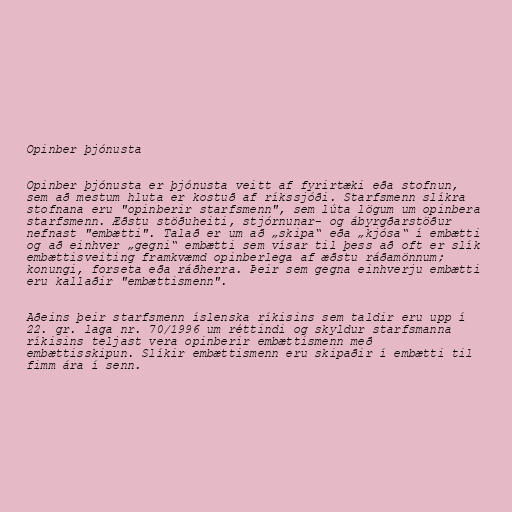
Opinber þjónusta

Opinber þjónusta er þjónusta veitt af fyrirtæki eða stofnun,
sem að mestum hluta er kostuð af ríkssjóði. Starfsmenn slíkra
stofnana eru "opinberir starfsmenn", sem lúta lögum um opinbera
starfsmenn. Æðstu stöðuheiti, stjórnunar- og ábyrgðarstöður
nefnast "embætti". Talað er um að „skipa“ eða „kjósa“ í embætti
og að einhver „gegni“ embætti sem vísar til þess að oft er slík
embættisveiting framkvæmd opinberlega af æðstu ráðamönnum;
konungi, forseta eða ráðherra. Þeir sem gegna einhverju embætti
eru kallaðir "embættismenn".

Aðeins þeir starfsmenn íslenska ríkisins sem taldir eru upp í
22. gr. laga nr. 70/1996 um réttindi og skyldur starfsmanna
ríkisins teljast vera opinberir embættismenn með
embættisskipun. Slíkir embættismenn eru skipaðir í embætti til
fimm ára í senn.